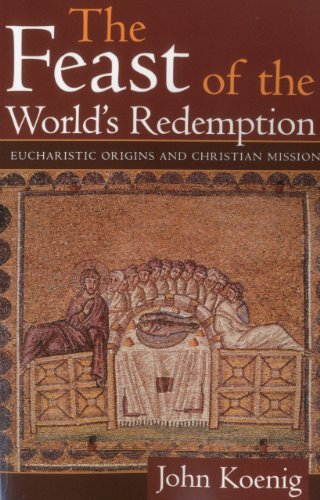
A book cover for The Feast of the World's Redemption: Eucharistic Origins and Christian Mission; John Koenig; Religion & Spirituality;